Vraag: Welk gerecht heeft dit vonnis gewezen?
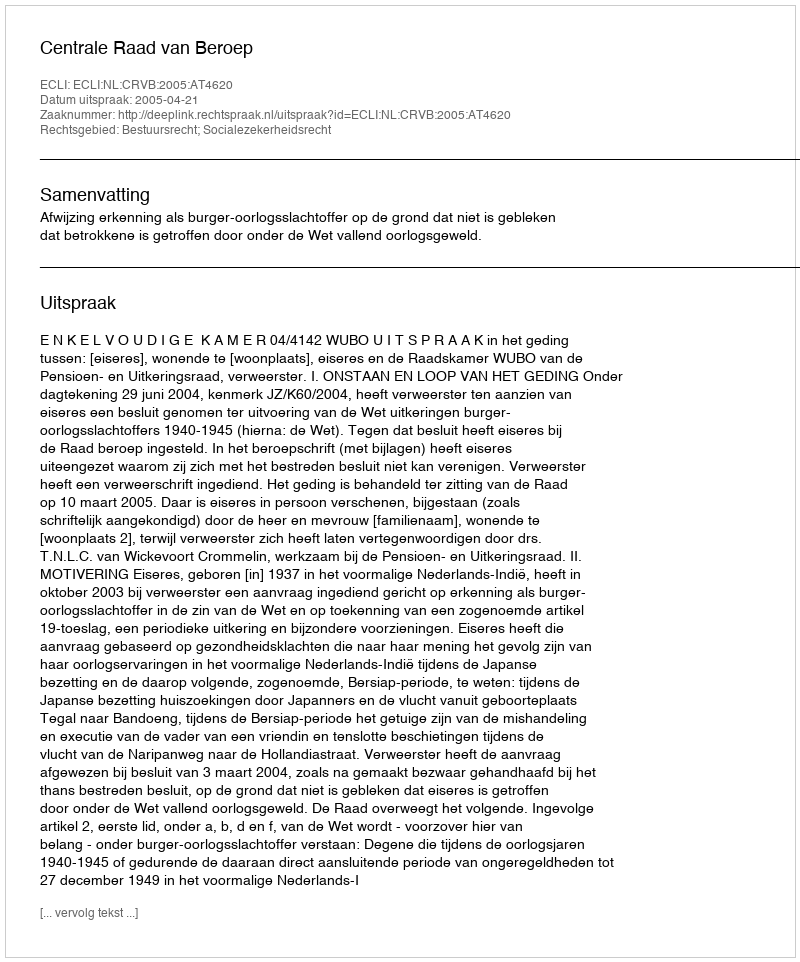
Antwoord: Centrale Raad van Beroep